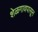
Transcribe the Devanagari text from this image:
शेळगावपासून